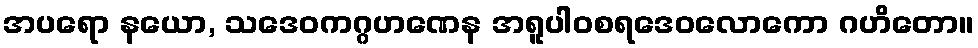
အပရော နယော, သဒေဝကဂ္ဂဟဏေန အရူပါဝစရဒေဝလောကော ဂဟိတော။